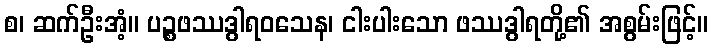
စ၊ ဆက်ဦးအံ့။ ပဉ္စဖဿဒွါရဝသေန၊ ငါးပါးသော ဖဿဒွါရတို့၏ အစွမ်းဖြင့်။